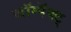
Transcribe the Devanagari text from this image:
कॉम्पॅक्ट्